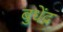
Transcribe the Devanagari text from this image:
बुधेंद्र